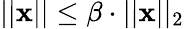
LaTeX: ||{\textbf{x}}||\leq\beta\cdot||{\textbf{x}}||_{2}